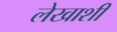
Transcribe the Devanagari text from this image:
लेखाशी